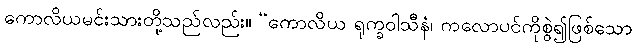
ကောလိယမင်းသားတို့သည်လည်း။ “ကောလိယ ရုက္ခဝါသီနံ၊ ကလောပင်ကိုစွဲ၍ဖြစ်သော